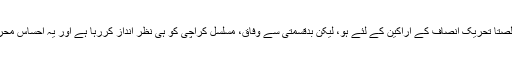
انہیں عوام کے مسائل حل کرنے کے لئے ایک بڑے پیکج کی ضرورت ہے جو خالصتاََ تحریک انصاف کے اراکین کے لئے ہو، لیکن بدقسمتی سے وفاق، مسلسل کراچی کو ہی نظر انداز کررہا ہے اور یہ احساس محرومی بڑھتا ہوا، خود پی ٹی آئی کے اراکین، ووٹر و سپورٹر میں سرایت کرگیا ہے۔